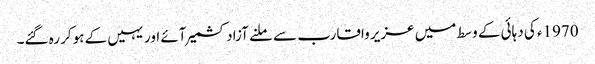
1970ء کی دہائی کے وسط میں عزیر واقارب سے ملنے آزادکشمیر آئے اور یہیں کے ہوکر رہ گئے۔